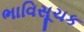
ભાવિસૂચક